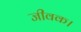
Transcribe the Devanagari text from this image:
जीवक।